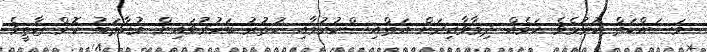
މަސައްކަތް ކުރުމެވެ ކަމެއް ދިމާވާއިރަށް އަތްއިސްކުރުމާއި ހުތުރު ބަހުރުވައިން މުޚާޠަބު ކޮށް ޒާތީވެ